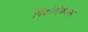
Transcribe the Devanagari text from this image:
पिकोसेकंड्स